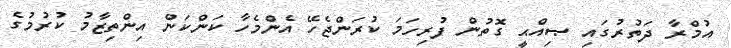
އުމްރާ ދަތުރުގައި ޞިއްޙީ ގޮތުން ފުރިހަމަ ކުރަންޖެހޭ އެންމެހާ ކަންކަން އިންތިޒާމު ކުރުމުގެ